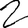
Digit: 2